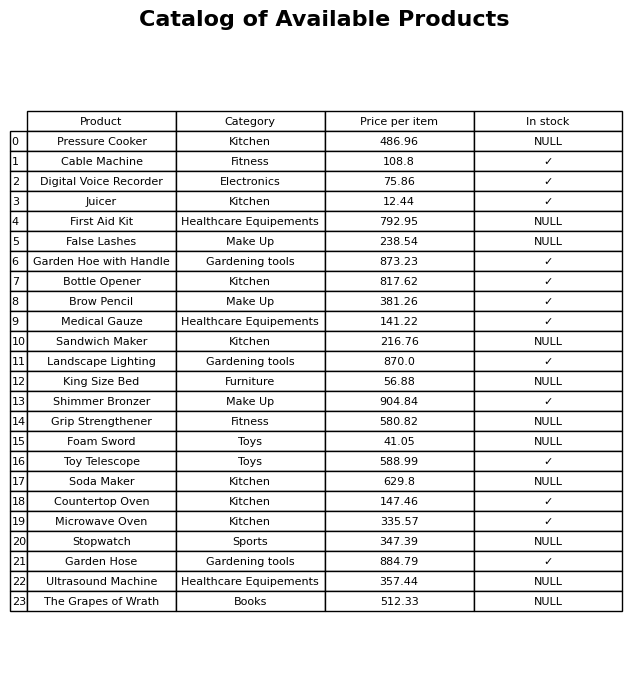
question: What is the price of the Garden Hoe with Handle?
answer: The price of Garden Hoe with Handle is 873.23.